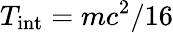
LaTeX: T_{\mathrm{int}}=mc^{2}/16